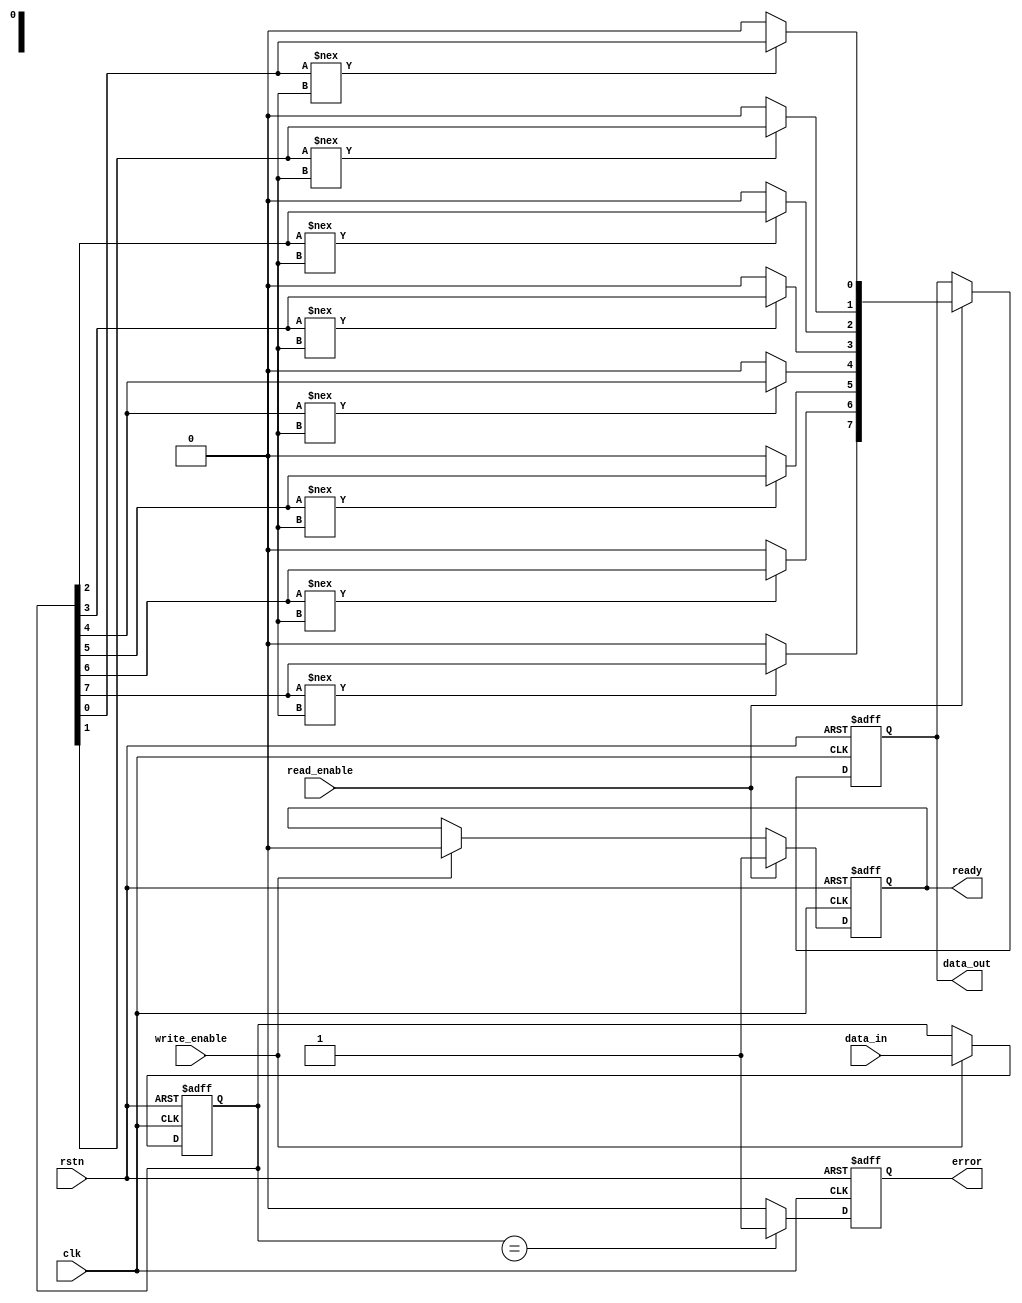
module mlc_nand_io_block #(
    parameter DATA_WIDTH = 8,      // Width of the data bus
    parameter NUM_LAYERS = 2       // Number of bits per cell (2-bits for 4 levels)
)(
    input wire clk,                // System clock
    input wire rstn,               // Active low reset
    input wire [DATA_WIDTH-1:0] data_in, // Data to be written
    output reg [DATA_WIDTH-1:0] data_out, // Data read from NAND
    input wire read_enable,         // Read enable signal
    input wire write_enable,        // Write enable signal
    output reg ready,               // Readiness status
    output reg error                // Error status
);

    // Data latches
    reg [DATA_WIDTH-1:0] data_latch;
    wire [DATA_WIDTH-1:0] sense_amp_out;

    // Sense Amplifier (simple model for demonstration)
    genvar i;
    generate
        for (i = 0; i < DATA_WIDTH; i = i + 1) begin: sense_amp
            assign sense_amp_out[i] = (data_latch[i] !== 1'bx) ? data_latch[i] : 1'b0; // Placeholder logic for sense amplifier
        end
    endgenerate

    // Control Logic
    always @(posedge clk or negedge rstn) begin
        if (!rstn) begin
            data_latch <= 0;
            data_out <= 0;
            ready <= 0;
            error <= 0;
        end else begin
            if (write_enable) begin
                data_latch <= data_in; // Capture data to be written
                ready <= 0;
            end
            if (read_enable) begin
                data_out <= sense_amp_out; // Read amplified data
                ready <= 1; // Indicate readiness
            end
            
            // Simple error detection: check for invalid states (example)
            // In practice, this should be more complex and based on ECC
            if (data_latch == {DATA_WIDTH{1'bx}}) begin
                error <= 1; // Set error if data latch is invalid
            end else begin
                error <= 0;
            end
        end
    end

    // Example Error Correction Code (ECC) logic (simple parity check)
    reg parity_bit;
    always @(posedge clk) begin
        parity_bit <= ^data_out; // Calculate parity of output data
    end

endmodule